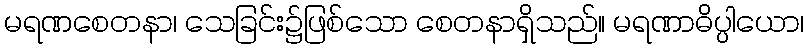
မရဏစေတနာ၊ သေခြင်း၌ဖြစ်သော စေတနာရှိသည်။ မရဏာဓိပ္ပါယော၊